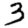
Digit: 3